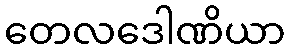
တေလဒေါဏိယာ